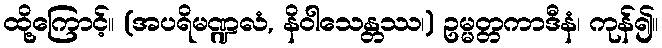
ထို့ကြောင့်။ (အပရိမဏ္ဍလံ, နိဝါသေန္တဿ၊) ဥမ္မတ္တကာဒီနံ၊ ကုန်၍။